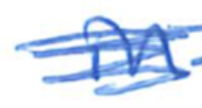
Text: in
Cross-out: scratch
Writing tool: ballpoint